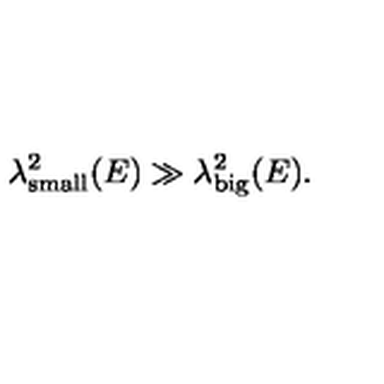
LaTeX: \lambda _ { \mathrm { \scriptsize { s m a l l } } } ^ { 2 } ( E ) \gg \lambda _ { \mathrm { \scriptsize { b i g } } } ^ { 2 } ( E ) .